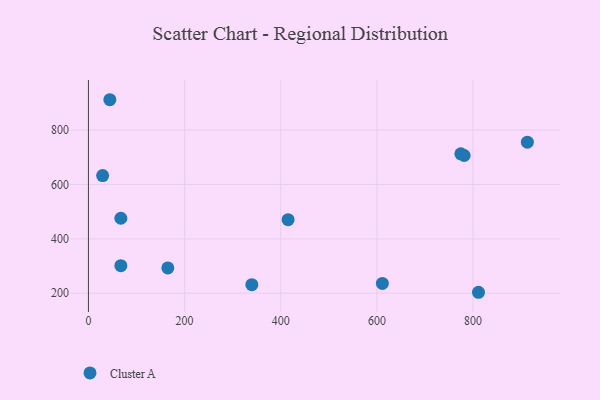
{"axis": {"x": "Study Hours", "y": "Rating"}, "legend": ["Cluster A"], "data": [{"x": "165.1", "y": 293.1, "type": "Cluster A"}, {"x": "781.5", "y": 706.5, "type": "Cluster A"}, {"x": "913.0", "y": 755.4, "type": "Cluster A"}, {"x": "44.5", "y": 911.7, "type": "Cluster A"}, {"x": "774.6", "y": 712.7, "type": "Cluster A"}, {"x": "811.3", "y": 203.4, "type": "Cluster A"}, {"x": "415.3", "y": 470.4, "type": "Cluster A"}, {"x": "339.9", "y": 231.2, "type": "Cluster A"}, {"x": "67.4", "y": 475.7, "type": "Cluster A"}, {"x": "29.5", "y": 632.8, "type": "Cluster A"}, {"x": "67.4", "y": 301.4, "type": "Cluster A"}, {"x": "611.4", "y": 236.0, "type": "Cluster A"}]}